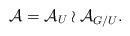
LaTeX: \begin{align*}\mathcal{A}=\mathcal{A}_U \wr \mathcal{A}_{G/U}.\end{align*}